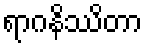
ရာဂနိဿိတာ